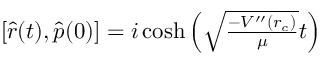
\begin{array} { r } { \left[ { \hat { r } } ( t ) , { \hat { p } } ( 0 ) \right] = i \cosh \left( \sqrt { \frac { - V ^ { \prime \prime } ( r _ { c } ) } { \mu } } t \right) } \end{array}